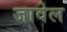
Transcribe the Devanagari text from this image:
जावेल